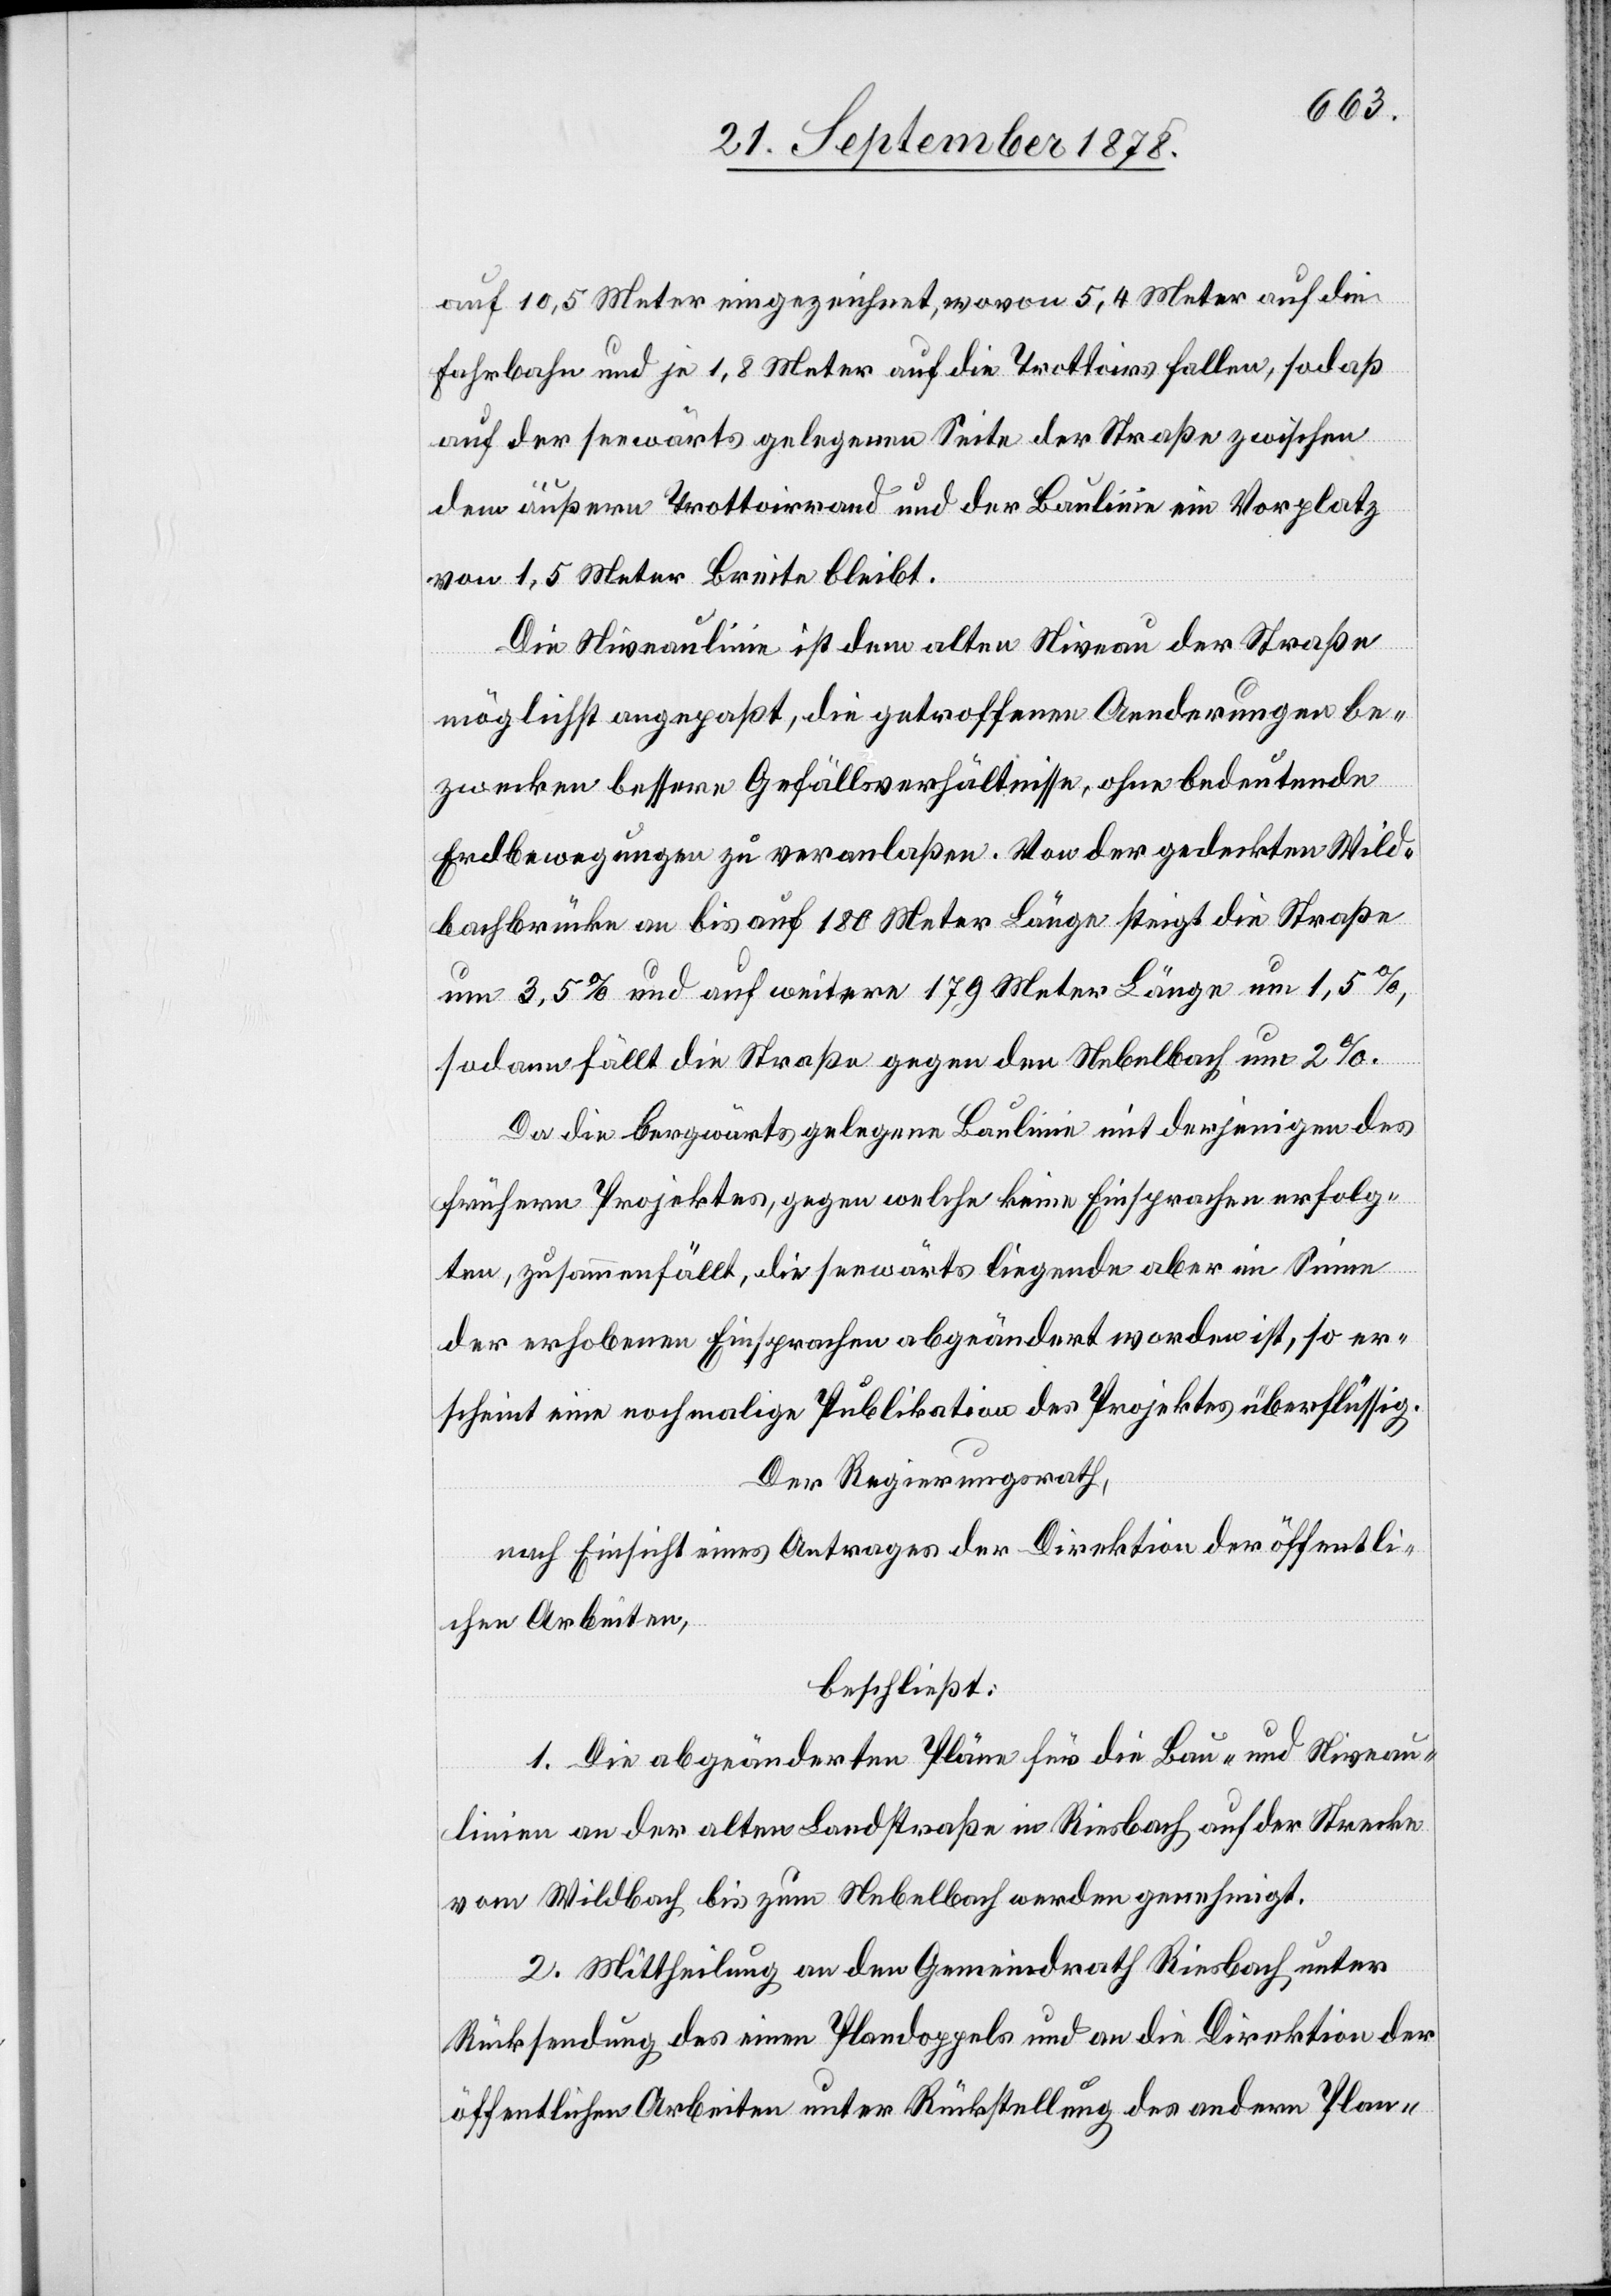
auf 10,5 Meter eingezeichnet, wovon 5,4 Meter auf die
Fahrbahn und je 1,8 Meter auf die Trottoirs fallen, sodaß
auf der herwärts gelegenen Seite der Straße zwischen
dem äußern Trottoirrand und der Baulinie ein Vorplatz
von 1,5 Meter Breite bleibt.
Die Niveaulinie ist dem alten Niveau der Straße
möglichst angepaßt, die getroffenen Aenderungen be¬
zwecken bessere Gefällsverhältnisse, ohne bedeutende
Erdbewegungen zu veranlaßen. Von der gedeckten Wild¬
bachbrücke an bis auf 180 Meter Länge steigt die Straße
um 3,5% und auf weitere 179 Meter Länge um 1,5%,
sodann fällt die Straße gegen den Nebelbach um 2%.
Da die bergwärts gelegene Baulinie mit derjenigen des
frühern Projektes, gegen welche keine Einsprachen erfolg¬
ten, zusammenfällt, die seewärts liegende aber im Sinne
der erhobenen Einsprachen abgeändert worden ist, so er¬
scheint eine nochmalige Publikation des Projektes überflüssig.
Der Regierungsrath,
nach Einsicht eines Antrages der Direktion der öffentli¬
chen Arbeiten,
beschließt:
1. Die abgeänderten Pläne für die Bau- und Niveau¬
linien an der alten Landstraße in Riesbach auf der Strecke
vom Wildbach bis zum Nebelbach werden genehmigt.
2. Mittheilung an den Gemeindrath Riesbach unter
Rücksendung des einen Plandoppels und an die Direktion der
öffentlichen Arbeiten unter Rückstellung des andern Plan-